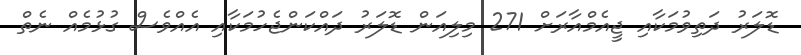
ޑޮލަރު ދަތިވުމަކާއި ޖީއެމްއާރަށް 271 މިލިއަން ޑޮލަރު ދައްކަންޖެހުމަކާއި އެއްވެސް ގުޅުމެއް ނެތް